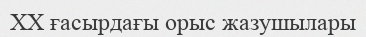
XX ғасырдағы орыс жазушылары